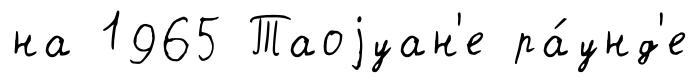
на 1965 Таоjуан'е ра́унд'е